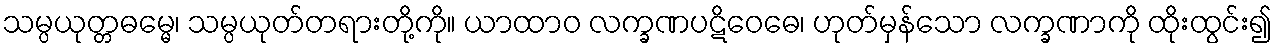
သမ္ပယုတ္တဓမ္မေ၊ သမ္ပယုတ်တရားတို့ကို။ ယာထာဝ လက္ခဏပဋိဝေဓေ၊ ဟုတ်မှန်သော လက္ခဏာကို ထိုးထွင်း၍